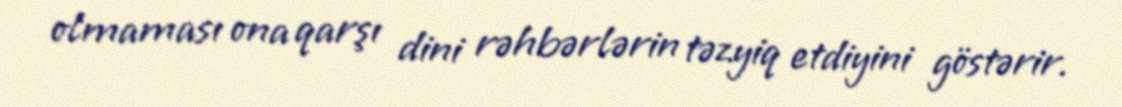
olmaması ona qarşı dini rəhbərlərin təzyiq etdiyini göstərir.